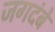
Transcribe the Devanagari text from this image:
जगदंबे